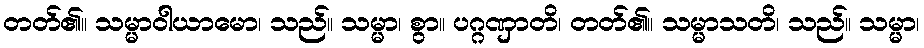
တတ်၏။ သမ္မာဝါယာမော၊ သည်။ သမ္မာ၊ စွာ။ ပဂ္ဂဏှာတိ၊ တတ်၏။ သမ္မာသတိ၊ သည်။ သမ္မာ၊